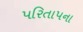
પરિતાપના